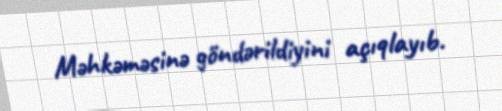
Məhkəməsinə göndərildiyini açıqlayıb.